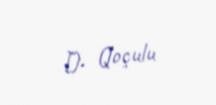
D. Qoçulu